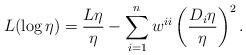
LaTeX: \begin{align*} L(\log \eta) = \frac{L\eta}{\eta} - \sum_{i=1}^nw^{ii}\left(\frac{D_i\eta}{\eta}\right)^2. \end{align*}